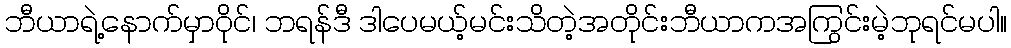
ဘီယာရဲ့နောက်မှာဝိုင်၊ ဘရန်ဒီ ဒါပေမယ့်မင်းသိတဲ့အတိုင်းဘီယာကအကြွင်းမဲ့ဘုရင်မပါ။